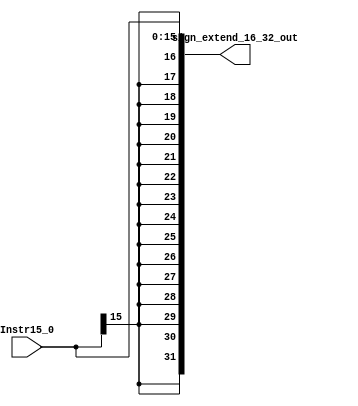
module sign_extend_16_32 (
    input wire [15:0] Instr15_0,
    output reg [31:0] sign_extend_16_32_out
);
    always @(*) sign_extend_16_32_out <= $signed(Instr15_0);

endmodule